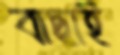
বাছাই